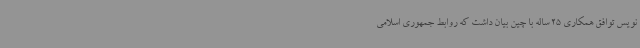
نویس توافق همکاری 25 ساله با چین بیان داشت که روابط جمهوری اسلامی